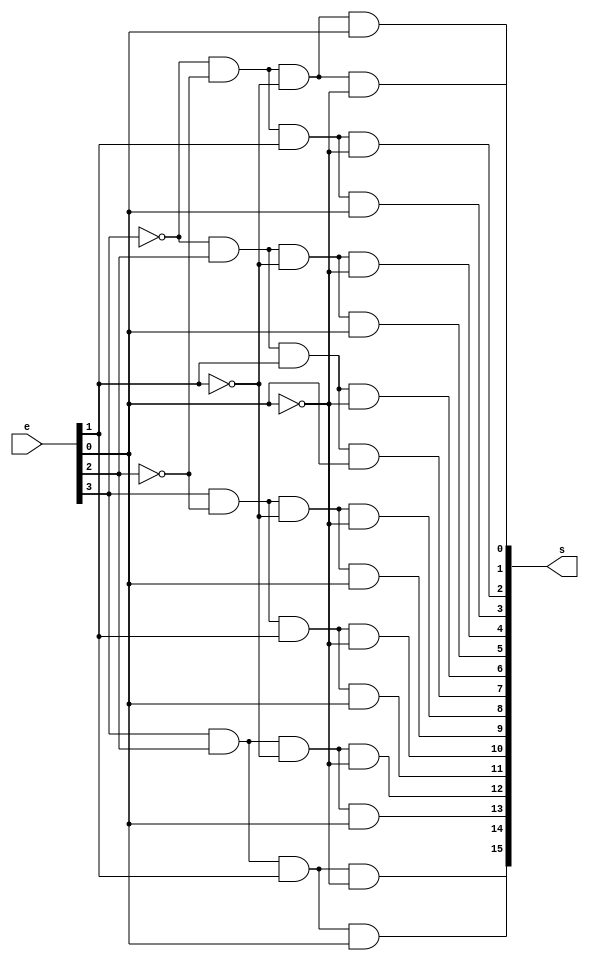
module decod4x16(input [3:0]e, output [15:0]s);
	wire [3:0]ne;
	not(ne[0],e[0]);
	not(ne[1],e[1]);
	not(ne[2],e[2]);
	not(ne[3],e[3]);
	
	and(s[0],	ne[3], 	ne[2], 	ne[1], 	ne[0]);
	and(s[1], 	ne[3], 	ne[2], 	ne[1], 	e[0]);
	and(s[2], 	ne[3], 	ne[2], 	e[1], 	ne[0]);
	and(s[3], 	ne[3], 	ne[2], 	e[1], 	e[0]);
	and(s[4], 	ne[3], 	e[2], 	ne[1], 	ne[0]);
	and(s[5], 	ne[3],	e[2], 	ne[1], 	e[0]);
	and(s[6], 	ne[3], 	e[2], 	e[1], 	ne[0]);
	and(s[7], 	ne[3], 	e[2], 	e[1], 	e[0]);
	and(s[8], 	e[3], 	ne[2], 	ne[1], 	ne[0]);
	and(s[9], 	e[3],	ne[2], 	ne[1], 	e[0]);
	and(s[10],	e[3], 	ne[2], 	e[1], 	ne[0]);
	and(s[11],	e[3], 	ne[2], 	e[1], 	e[0]);
	and(s[12],	e[3], 	e[2], 	ne[1], 	ne[0]);
	and(s[13],	e[3], 	e[2], 	ne[1], 	e[0]);
	and(s[14],	e[3], 	e[2], 	e[1], 	ne[0]);
	and(s[15],	e[3], 	e[2], 	e[1], 	e[0]);
	
endmodule